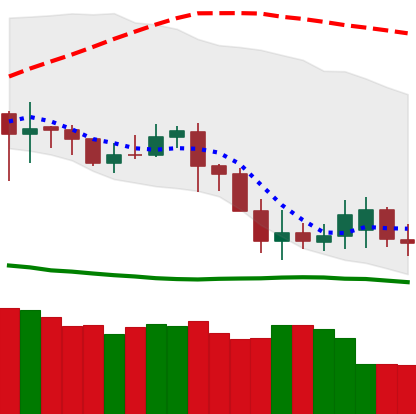
Ticker: DOGE-USD
Chart end date: 2020-07-04
Forward return: 90.429%
Label: up_7plus